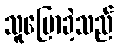
သူပြောခဲ့သည်